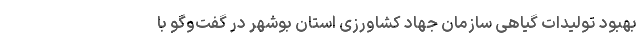
بهبود تولیدات گیاهی سازمان جهاد کشاورزی استان بوشهر در گفت‌وگو با